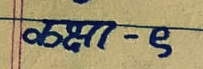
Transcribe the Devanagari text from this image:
कक्षा - ९